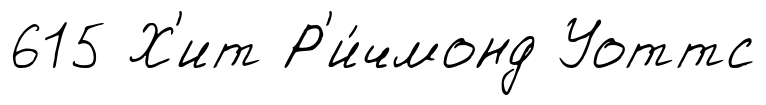
615 Х'ит Р'и́чмонд Уоттс